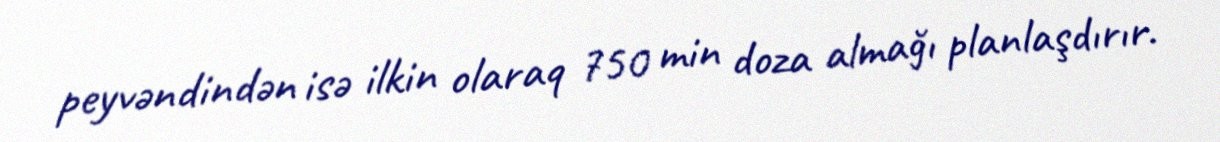
peyvəndindən isə ilkin olaraq 750 min doza almağı planlaşdırır.